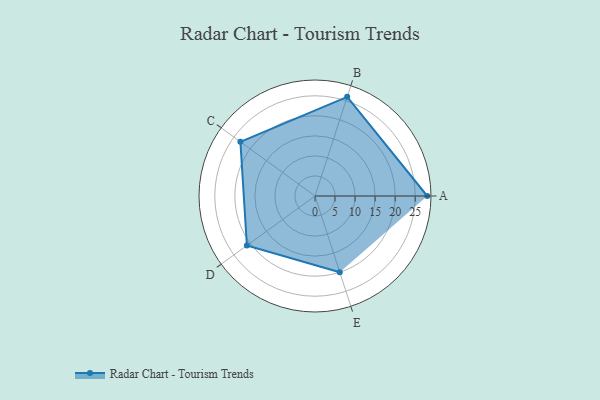
{"axis": {"x": "Skill", "y": "Score"}, "legend": ["Profile"], "data": [{"x": "A", "y": 28.0, "type": "Profile"}, {"x": "B", "y": 26.0, "type": "Profile"}, {"x": "C", "y": 23.0, "type": "Profile"}, {"x": "D", "y": 21.0, "type": "Profile"}, {"x": "E", "y": 20, "type": "Profile"}]}